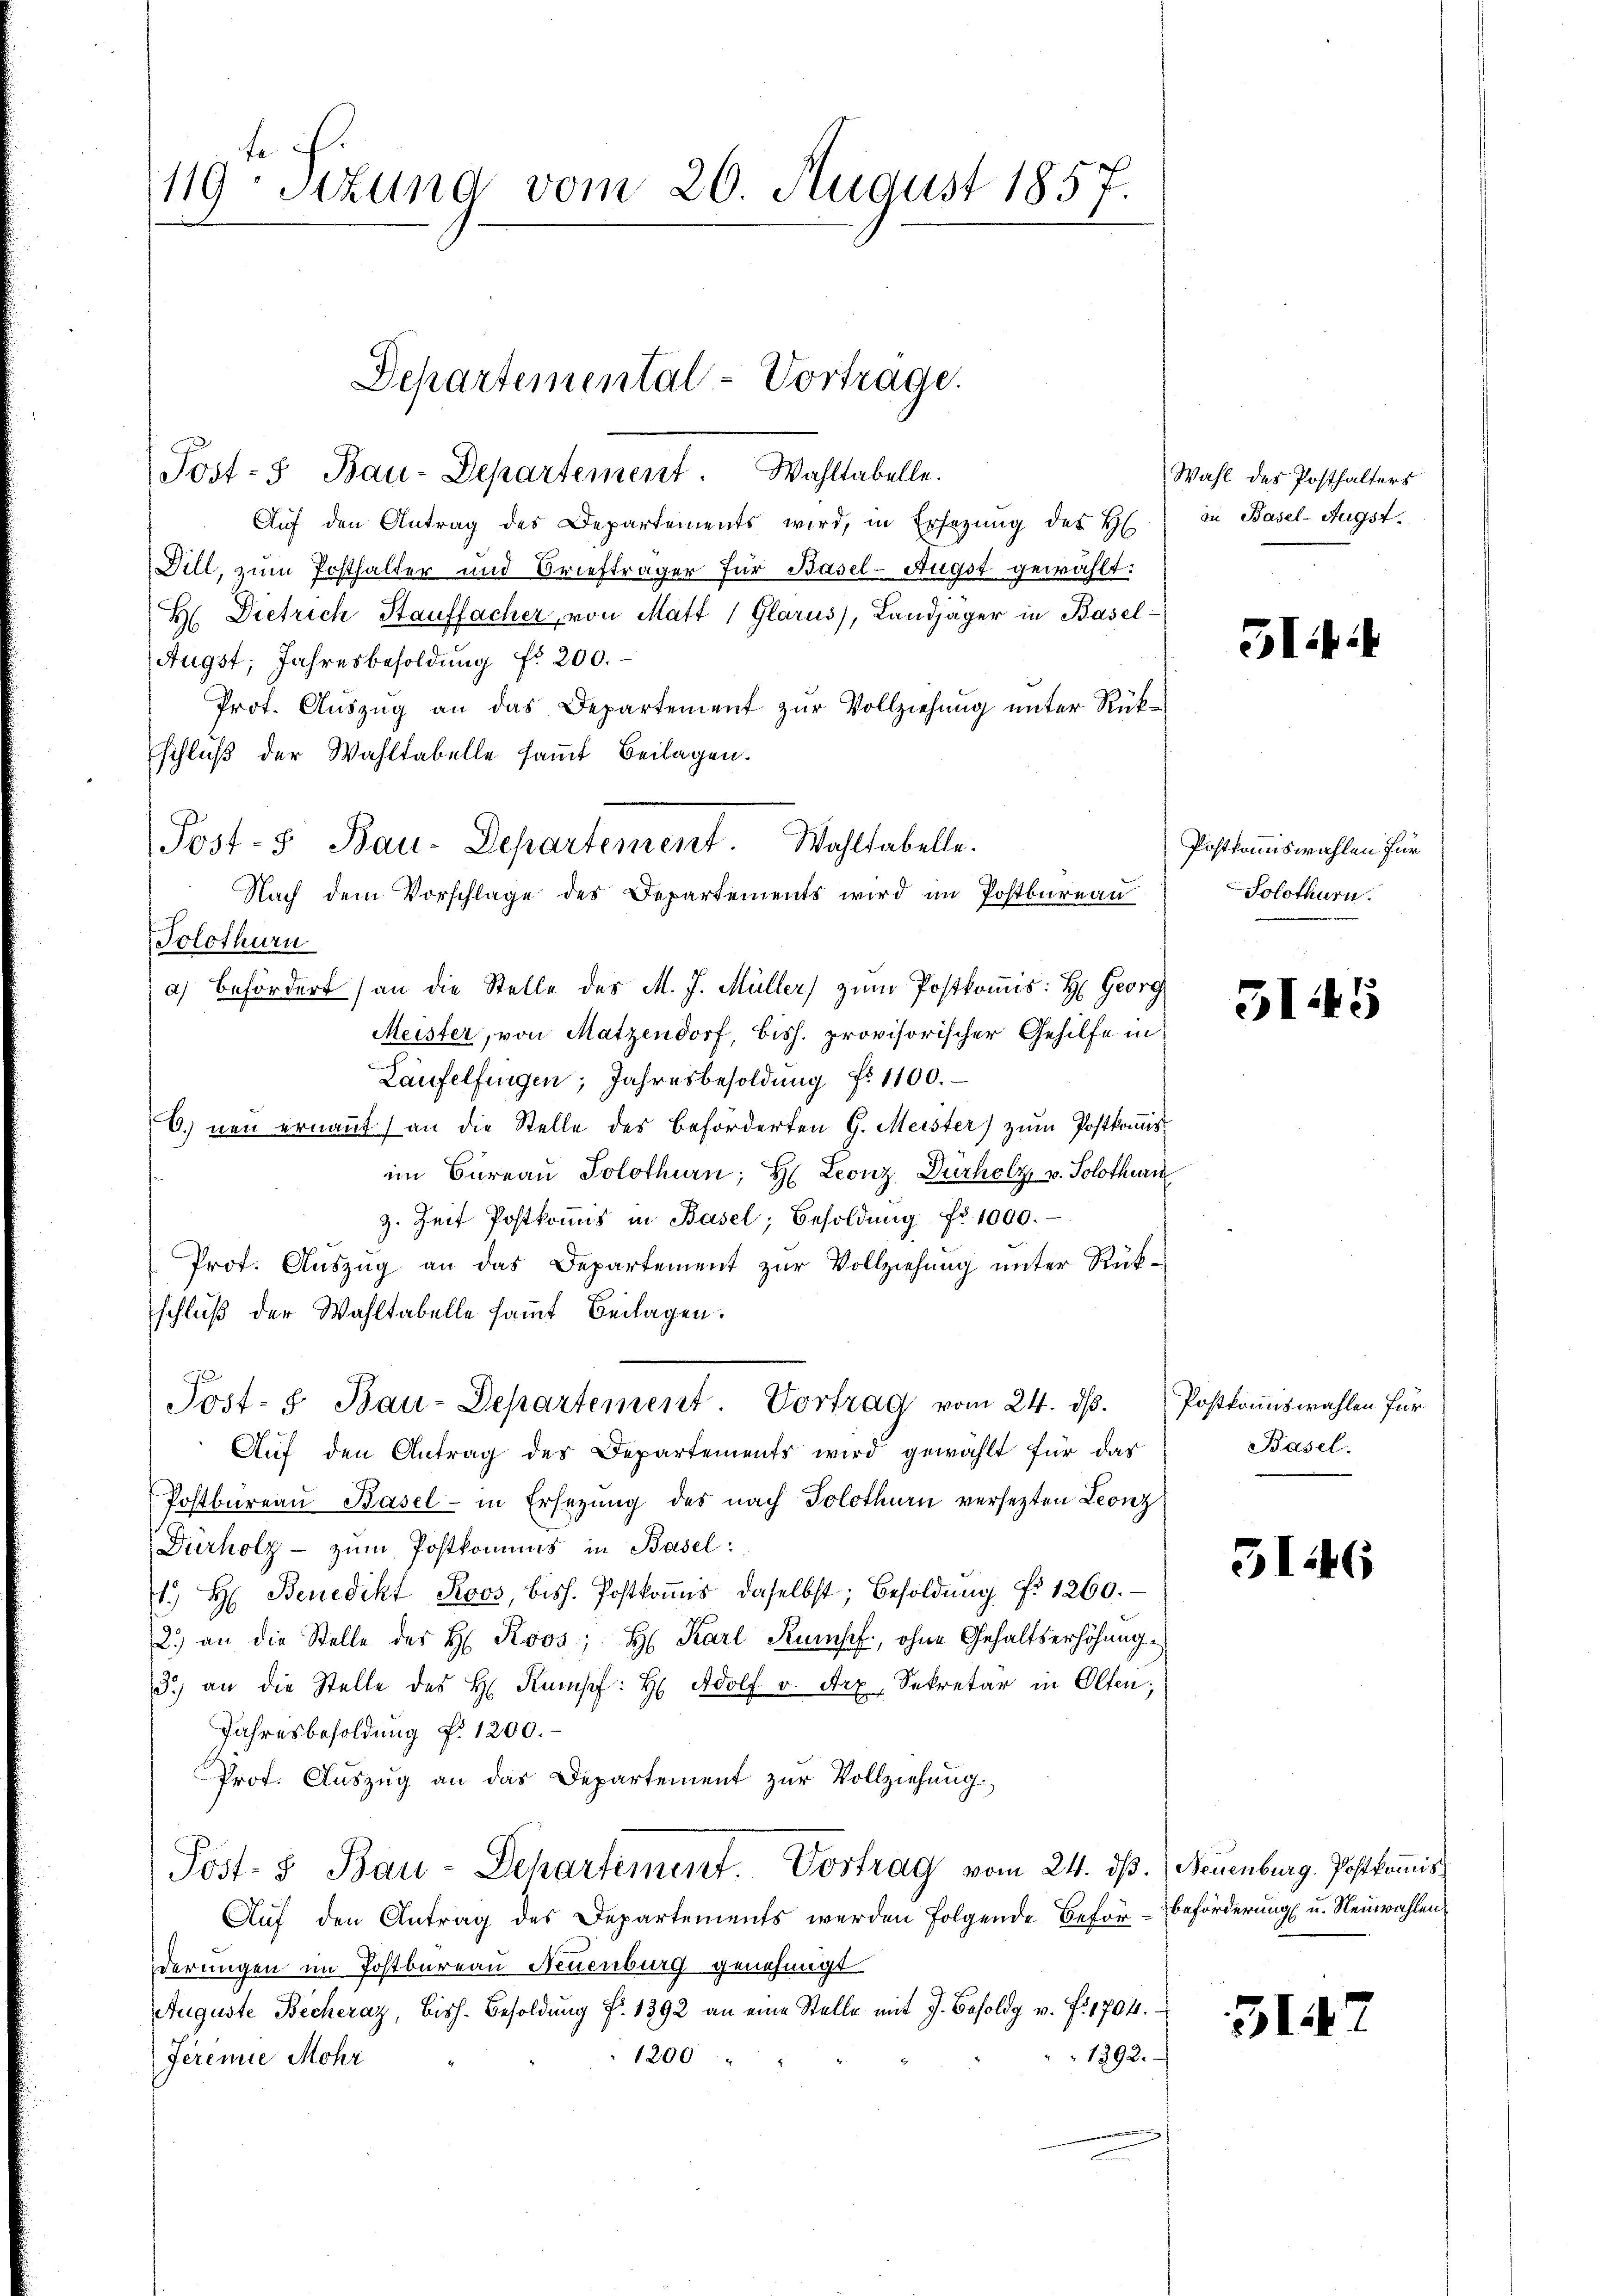
119- Sizung vom 20. August 1857.

Post- 5. Bau-Departement. Wahltabelle.
Aŭf den Antrag des Departements wird, in Ersezung des H
Dill, zum Posthalter und Briefträger für Basel-Augst gewählt:
H. Dietrich Stauffacher, von Matt (Glarus), Landjäger in Basel¬
Augst, Jahresbesoldung fr 200.
Prot. Aŭszŭg an das Departement zŭr Vollziehŭng ŭnter Rück-
schluß der Wahltabelle samt Beilagen.
Solothurn
a) Befördert (an die Stelle des M. J. Müller) zum Postkomis: H: Georg
Meister, von Matzendorf, bish. provisorischer Gehilfe in
Laufelfingen, Jahresbesoldung fr. 1100.
C. neu ernannt (an die Stelle des beförderten G. Meister) zum Postkomisim Büreau Solothurn, H. Leonz-Durholz, v. Solothurn
z. Zeit Postkoṁis in Basel, Besoldŭng fr. 1000.
Prot. Auszug an das Departement zur Vollziehung unter Rükschluß der Wahltabelle sammt Beilagen.
Post- 5. Bau-Departement. Vortrag vom 24. ds.
Aŭf den Antrag des Departements wird gewählt für das
Postbüreaŭ Basel- in Ersezung des nach Solothurn versetzten Leonz
Dürholz zŭm Postkommnis in Basel:
. H: Benedikt Roos, biss. Postkoṁis daselbst; Besoldŭng No 1260.
2.) an die Stelle des H. Roos; H. Karl Rumpf, ohne Gehaltserhöhung
3.) an die Stelle des H. Kampf: H: Adolf v. Arx, Sekretär in Olten;
Jahresbesoldung d. 1200.
Prof. Aŭszŭg an das Departement zŭr Vollziehung.
Post- & Bau-Departement. Vortrag vom 24. dβ. Neuenburg. Postkommiss
Auf den Antrag des Departements werden folgende Beför-Beförderung u. Neuwahlenderungen im Postbureau Neuenburg genehmigt
Auguste Becheraz, bish. Besoldung f. 1392 an eine Stelle mit J. Besoldg v. fr. 1704.
1292.
1200
Feremie Mohr

Departemental-Vortrage.

Post- 5. Bau-Departement. Wahltabelle.
Nach dem Vorschlage des Departements wird in Postbureau

Wahl des Posthalters
in Basel-Augst.

H

Postkommiswahlen für
Solothurn.

315

Postkommiswahlen für
Basel.

3146

31.